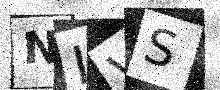
Text: NLVS